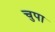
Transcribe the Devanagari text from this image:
चुपा